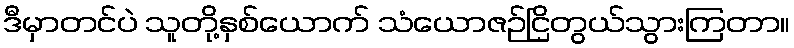
ဒီမှာတင်ပဲ သူတို့နှစ်ယောက် သံယောဇဉ်ငြိတွယ်သွားကြတာ။